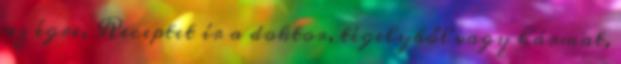
az égre, Receptet ír a doktor, tégelyből vagy hármat,